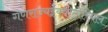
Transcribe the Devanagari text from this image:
गणराज्यईक्वीटोरियल